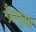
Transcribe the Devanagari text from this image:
प्रँमुख